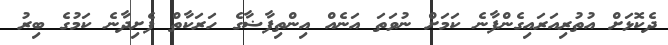
ދެކޮޅަށް އުތުރިއަރައިގެންފާނެ ކަމަށް ނުވަތަ އަނެއް އިންތިފާޟާގެ ހަރަކާތް ފެށިދާނެ ކަމުގެ ބިރު